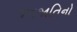
જનજાતિનો